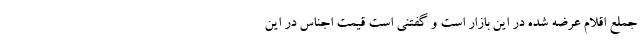
جملع اقلام عرضه شده در این بازار است و گفتنی است قیمت اجناس در این